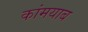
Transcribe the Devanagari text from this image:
कांमयाब